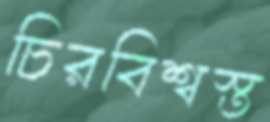
চিরবিশ্বস্ত